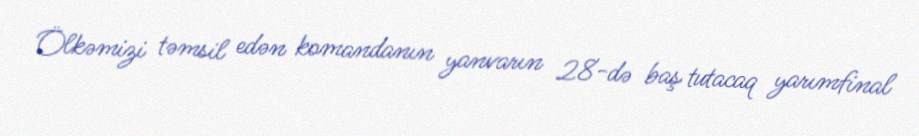
Ölkəmizi təmsil edən komandanın yanvarın 28-də baş tutacaq yarımfinal